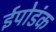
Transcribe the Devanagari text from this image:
ईपोडंक